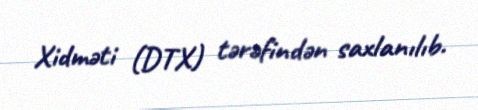
Xidməti (DTX) tərəfindən saxlanılıb.